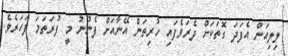
ލިލިއަން އެފަދަ ގޮތަކަށް ދެރަވެފައި ހުރިތަން އޭނާއަށް ފެނުނު މީ ފުރަތަމަ ފަހަރެވެ.